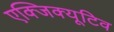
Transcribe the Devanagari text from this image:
एक्‍जिक्‍यूटिव